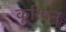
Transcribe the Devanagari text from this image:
कूरियन